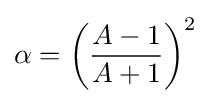
\alpha =\left({\frac {A-1}{A+1}}\right)^{2}